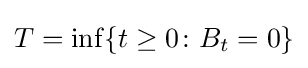
T=\inf\{t\geq 0\colon B_{t}=0\}